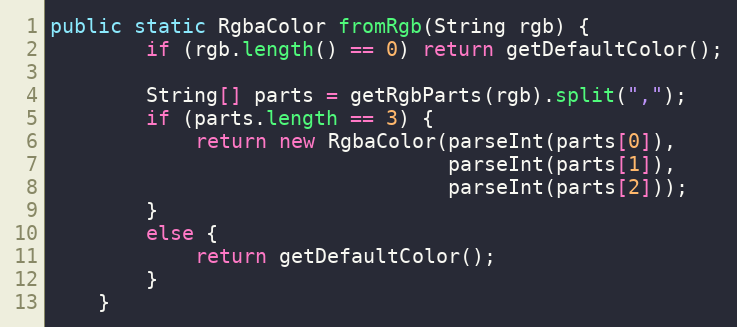
Language: Java
public static RgbaColor fromRgb(String rgb) {
        if (rgb.length() == 0) return getDefaultColor();

        String[] parts = getRgbParts(rgb).split(",");
        if (parts.length == 3) {
            return new RgbaColor(parseInt(parts[0]),
                                 parseInt(parts[1]),
                                 parseInt(parts[2]));
        }
        else {
            return getDefaultColor();
        }
    }